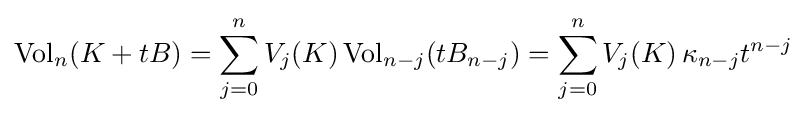
\mathrm {Vol} _{n}(K+tB)=\sum _{j=0}^{n}V_{j}(K)\,\mathrm {Vol} _{n-j}(tB_{n-j})=\sum _{j=0}^{n}V_{j}(K)\,\kappa _{n-j}t^{n-j}